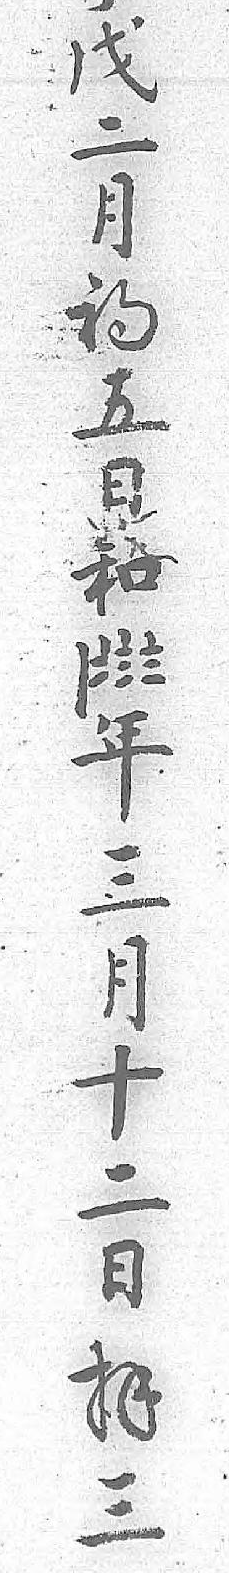
戊〡年二〧三月〨月初〨十五 二日 日和 拝  三